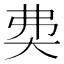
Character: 𡘉